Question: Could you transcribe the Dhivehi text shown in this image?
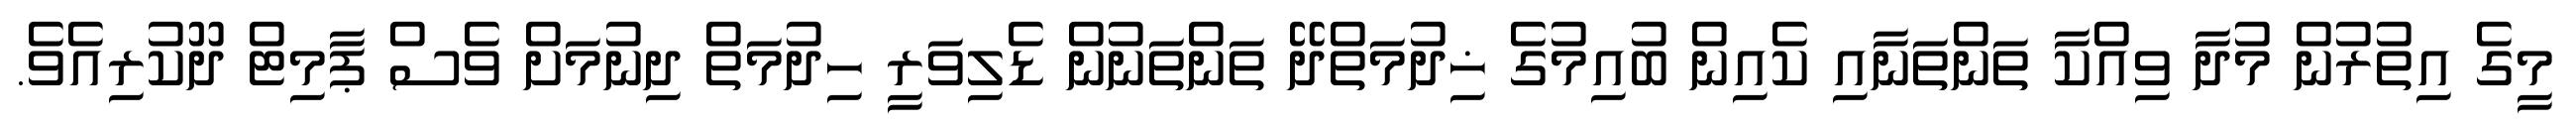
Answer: މީގެ އިތުރުން މުދާ ވިއްކާ ތަންތަނާއި ކެއިން ބުއިމުގެ ޚިދުމަތްދޭ ތަންތަނުން ޑެލިވަރީ ހިދުމަތް ދިނުމަށް ވެސް ޕާމިޓް ދޫކުރިއެވެ.